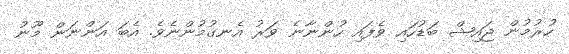
ހުރުމުން ޖައިޝް ބަޑުހައި ވެފައި ހުންނާނެ ވަރު އެނގުމުންނެވެ. އެބަ އަންނަން މޫނު